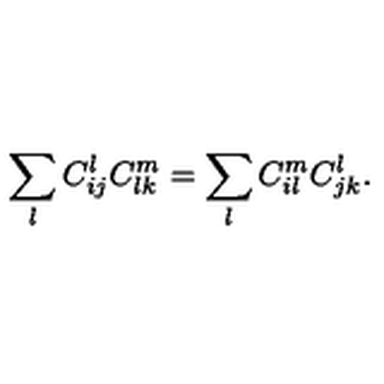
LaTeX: \sum _ { l } C _ { i j } ^ { l } C _ { l k } ^ { m } = \sum _ { l } C _ { i l } ^ { m } C _ { j k } ^ { l } .